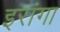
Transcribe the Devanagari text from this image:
इरांगा